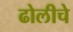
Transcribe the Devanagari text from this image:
ढोलीचे